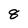
Character: 8